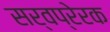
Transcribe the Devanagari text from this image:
सर्वप्रेरक